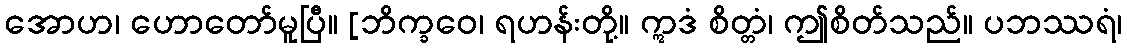
အောဟ၊ ဟောတော်မူပြီ။ [ဘိက္ခဝေ၊ ရဟန်းတို့။ ဣဒံ စိတ္တံ၊ ဤစိတ်သည်။ ပဘဿရံ၊